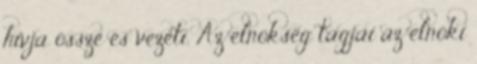
hívja össze és vezeti. Az elnökség tagjai az elnöki